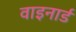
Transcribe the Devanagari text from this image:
वाइनार्ड